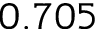
0 . 7 0 5